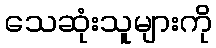
သေဆုံးသူများကို